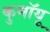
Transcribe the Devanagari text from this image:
कुमॉयू